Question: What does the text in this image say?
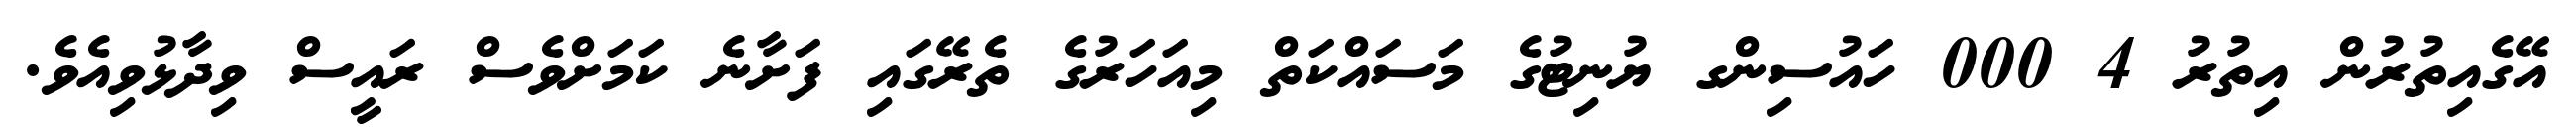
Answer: އޭގެއިތުރުން އިތުރު 4 000 ހައުސިންގ ޔުނިޓުގެ މަސައްކަތް މިއަހަރުގެ ތެރޭގައި ފަށާނެ ކަމަށްވެސް ރައީސް ވިދާޅުވިއެވެ.